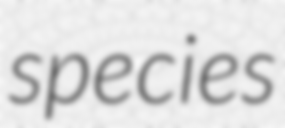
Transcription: species